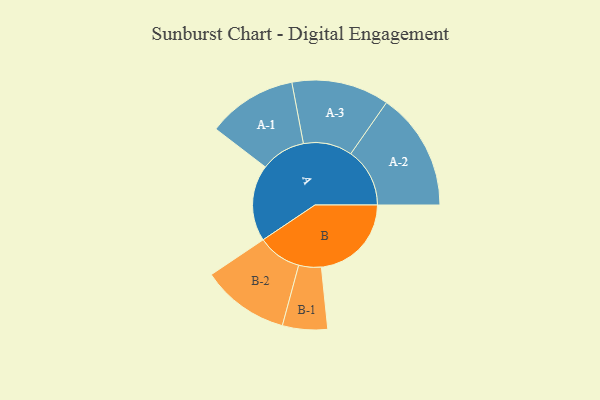
{"axis": {"x": "Segment", "y": "Value"}, "legend": ["", "A", "B"], "data": [{"x": "A", "y": 339, "type": ""}, {"x": "B", "y": 400, "type": ""}, {"x": "A-1", "y": 199, "type": "A"}, {"x": "A-2", "y": 262, "type": "A"}, {"x": "A-3", "y": 217, "type": "A"}, {"x": "B-1", "y": 100, "type": "B"}, {"x": "B-2", "y": 195, "type": "B"}]}